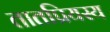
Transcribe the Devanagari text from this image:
तातप्रियस्य